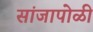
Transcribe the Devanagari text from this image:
सांजापोळी